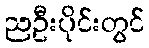
ညဦးပိုင်းတွင်